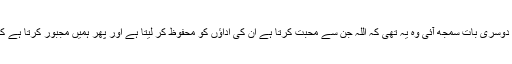
حج کے فلسفہ میں مجھے جو دوسری بات سمجھ آئی وہ یہ تھی کہ اللہ جن سے محبت کرتا ہے ان کی اداؤں کو محفوظ کر لیتا ہے اور پھر ہمیں مجبور کرتا ہے کہ ہم ان کی اداؤں کو دھرائیں ۔